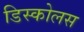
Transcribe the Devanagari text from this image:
डिस्कोलस